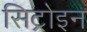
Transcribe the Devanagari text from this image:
सिट्रोइन